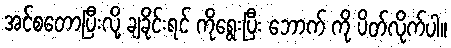
အင်စတောပြီးလို့ ချခိုင်းရင် ကိုရွေးပြီး ဘောက် ကို ပိတ်လိုက်ပါ။